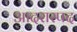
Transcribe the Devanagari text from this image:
आदरास्पद